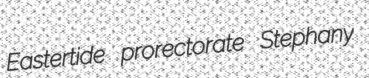
Eastertide prorectorate Stephany